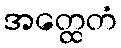
အတ္ထေတံ